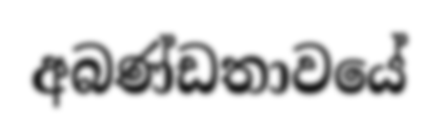
අබණ්ඩතාවයේ